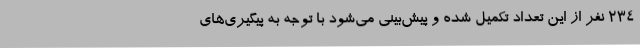
234 نفر از این تعداد تکمیل شده و پیش‌بینی می‌شود با توجه به پیگیری‌های